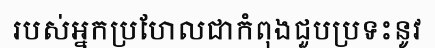
របស់អ្នកប្រហែលជាកំពុងជួបប្រទះនូវ